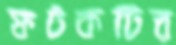
ফটকটির